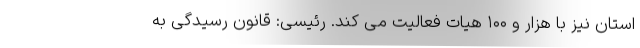
استان نیز با هزار و ۱۰۰ هیات فعالیت می کند. رئیسی: قانون رسیدگی به